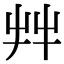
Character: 𦫹